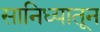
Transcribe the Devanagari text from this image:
सानिध्यातून